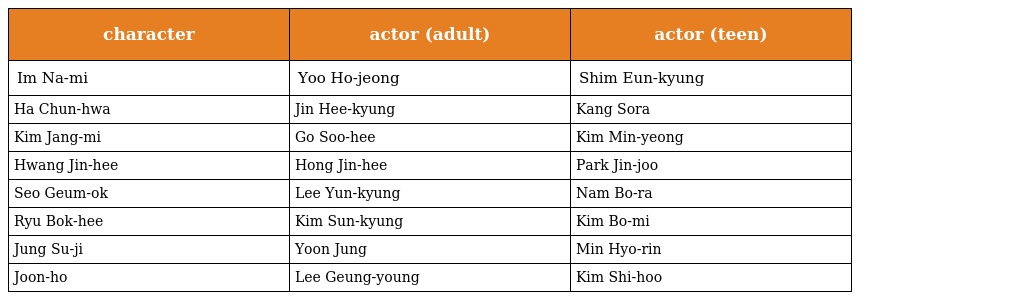
| character | actor (adult) | actor (teen) |
 | --- | --- | --- |
 | Im Na-mi | Yoo Ho-jeong | Shim Eun-kyung |
 | Ha Chun-hwa | Jin Hee-kyung | Kang Sora |
 | Kim Jang-mi | Go Soo-hee | Kim Min-yeong |
 | Hwang Jin-hee | Hong Jin-hee | Park Jin-joo |
 | Seo Geum-ok | Lee Yun-kyung | Nam Bo-ra |
 | Ryu Bok-hee | Kim Sun-kyung | Kim Bo-mi |
 | Jung Su-ji | Yoon Jung | Min Hyo-rin |
 | Joon-ho | Lee Geung-young | Kim Shi-hoo |